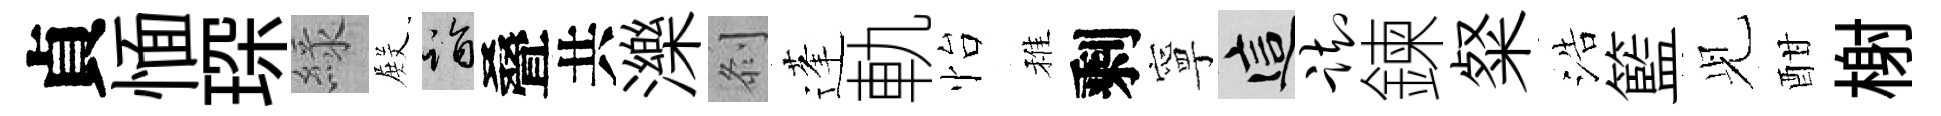
貞愐琛緑𭮺诣叠共濼𠛴蓬軌怡稚剩寧這踟鍊粲浩籃𫤗酣榭